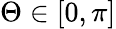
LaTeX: \Theta\in\left[0,\pi\right]